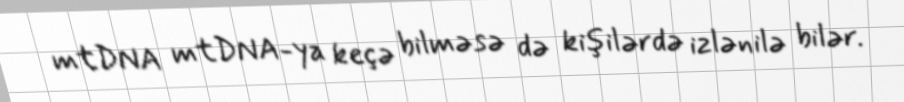
mtDNA mtDNA-ya keçə bilməsə də kişilərdə izlənilə bilər.